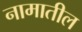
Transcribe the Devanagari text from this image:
नामातील